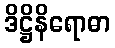
ဒိဋ္ဌိနိရောဓာ